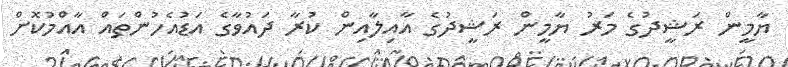
ޔާމީން ރަޝީދުގެ މަރު ޔާމީން ރަޝީދުގެ އާއިލާއިން ކުރާ ދައުވާގެ އަޑުއެހުންތައް އާއްމުކޮށް